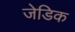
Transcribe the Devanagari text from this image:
जेडिक